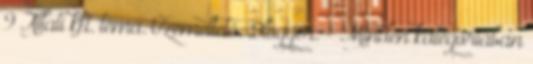
9 Állati kft. téma. Üzemeltető: Blogger. - Minden kategóriában